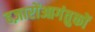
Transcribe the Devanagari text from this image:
हज़ारोंआगंतुकों